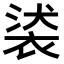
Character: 𧚚